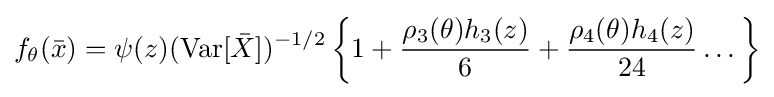
f_{\theta }({\bar {x}})=\psi (z)(\mathrm {Var} [{\bar {X}}])^{-1/2}\left\{1+{\frac {\rho _{3}(\theta )h_{3}(z)}{6}}+{\frac {\rho _{4}(\theta )h_{4}(z)}{24}}\dots \right\}